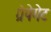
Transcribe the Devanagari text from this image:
ग्रेपेगेट